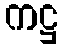
ကဋ္ဌ